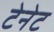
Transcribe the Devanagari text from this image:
टेनेट